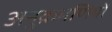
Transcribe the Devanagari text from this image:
अनुक्रमणियों